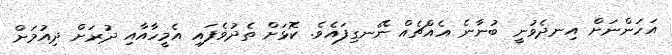
އަހަންނަށް އިނދެވުނީ ބުނާނެ އެއްޗެއް ނޭނގިފައެވެ. ކޮޅަށް ތެދުވެފައި އެމީހާއާއި ދުރަށް ދިއުމަށް